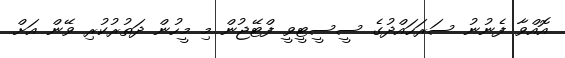
އޮއްވާ ފެނުނު ސަރަހައްދުގެ ސީސީޓީވީ ފްޓޭޖުން މި މީހުން ދަތުރުކުރި ވޭން އަށް